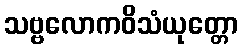
သဗ္ဗလောကဝိသံယုတ္တော